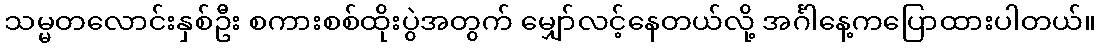
သမ္မတလောင်းနှစ်ဦး စကားစစ်ထိုးပွဲအတွက် မျှော်လင့်နေတယ်လို့ အင်္ဂါနေ့ကပြောထားပါတယ်။